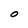
Character: O